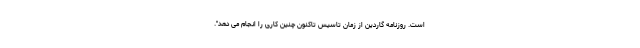
است. روزنامه گاردین از زمان تاسیس تاکنون چنین کاری را انجام می دهد".